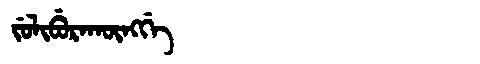
Manchu: ᠵᡠᠯᡳᠪᡠᡵᠠᡴᡡᠩᡤᡝ
Romanization: JULIBURAKŪNGGE